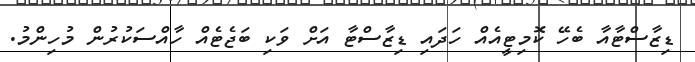
ޑިޒާސްޓާއާ ބެހޭ ކޮމިޓީއެއް ހަދައި ޑިޒާސްޓާ އަށް ވަކި ބަޖެޓެއް ހާއްސަކުރުން މުހިންމު.